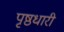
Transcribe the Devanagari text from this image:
पृष्ठधारी